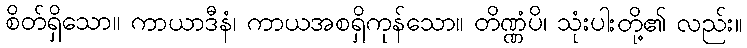
စိတ်ရှိသော။ ကာယာဒီနံ၊ ကာယအစရှိကုန်သော။ တိဏ္ဏံပိ၊ သုံးပါးတို့၏ လည်း။